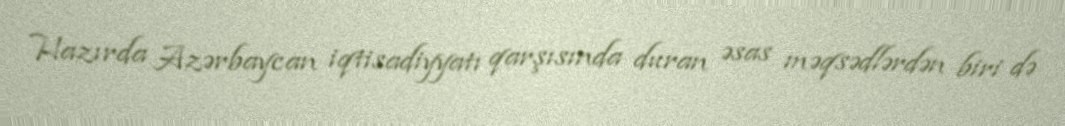
Hazırda Azərbaycan iqtisadiyyatı qarşısında duran əsas məqsədlərdən biri də